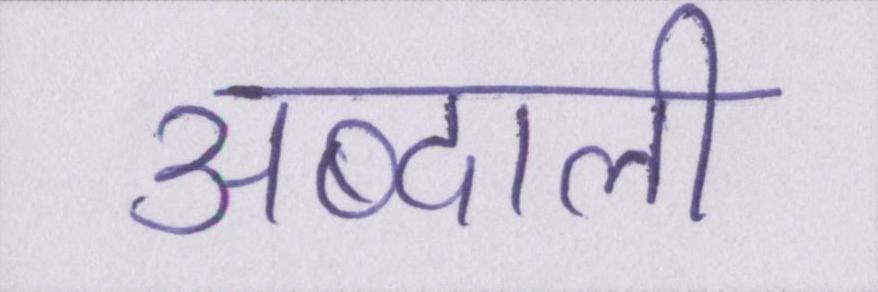
अब्दाली